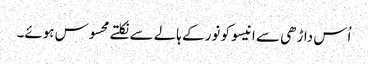
اُس داڑھی سے انیسو کو نور کے ہالے سے نکلتے محسوس ہوئے۔